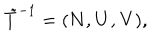
{ \tilde { T } } ^ { - 1 } = ( { \bf N } , { \bf U } , { \bf V } ) ,